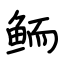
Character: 鲕